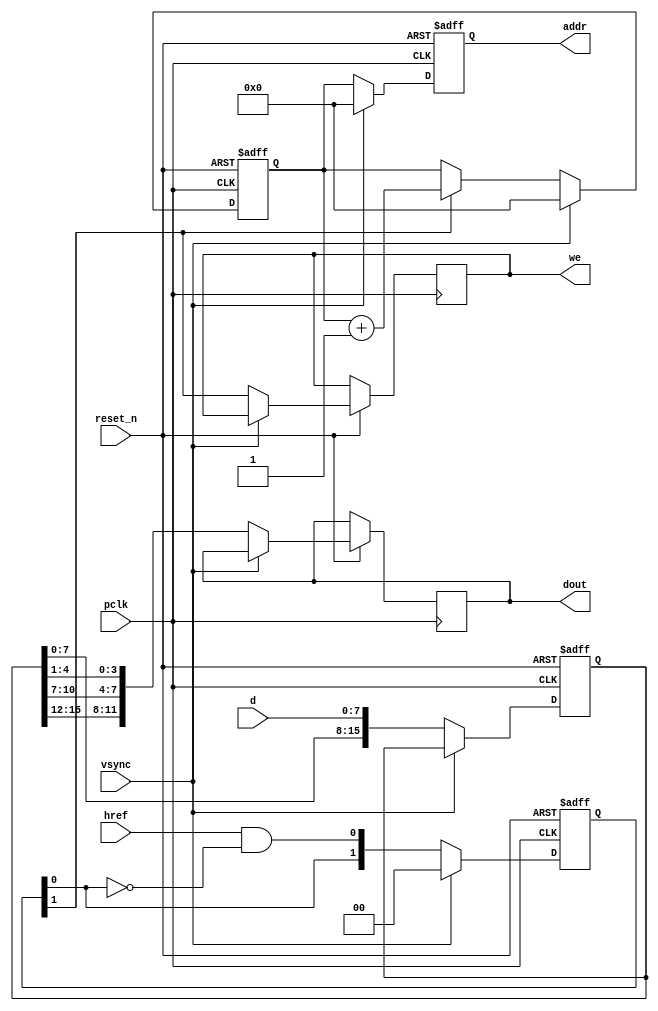
`timescale 1ns / 1ps
//////////////////////////////////////////////////////////////////////////////////
//
// Module Name: OV7670_capture
// 
//////////////////////////////////////////////////////////////////////////////////


module OV7670_capture(
    input pclk,                 // pixel output clock
    input reset_n,              // reset
    input vsync,                // vertical sync
    input href,                 // horizontal ref
    input [7:0] d,              // camera data
    output [18:0] addr,         // capture address
    output reg [11:0] dout,     // capture data
    output reg we               // write enable
    );
    
    reg [15:0] d_latch;         // data latch
    reg [18:0] address;         // capture address
    reg [18:0] address_next;    // next capture address
    reg [1:0]  wr_hold;         // signal for incrementing address or holding current address
    
    assign addr = address;
    
    /* Data transfer using HREF */
    // href      write enable        data               address      address next
    //              
    // 1              x             xxxxxxxxxxxx        xxxxxxxx        address
    // 0              x             xxxxxxxxxxxx        address         address
    // x              1             rrrrggggbbbb        address         address + 1
    
    always @(posedge pclk or negedge reset_n) begin
        if(~reset_n) begin
            d_latch <= 0;
            address <= 0;
            address_next <= 0;
            wr_hold <= 0;
        end else if(vsync == 1'b1) begin    // reset address after vsync
            address <= 0;
            address_next <= 0;
            wr_hold <= 0;
        end else begin                      // send data to RAM while vsync is low
            dout <= {d_latch[15:12], d_latch[10:7], d_latch[4:1]};
            address <= address_next;
            we <= wr_hold[1];
            wr_hold <= {wr_hold[0],(href & ~wr_hold[0])};
            d_latch <= {d_latch[7:0],d};
        
            // increment the address
            if(wr_hold[1] == 1'b1)
                address_next <= address_next + 1'b1;
        end
    end
        
    
endmodule